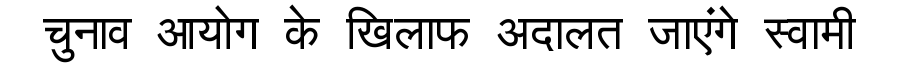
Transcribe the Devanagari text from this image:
चुनाव आयोग के खिलाफ अदालत जाएंगे स्वामी